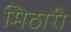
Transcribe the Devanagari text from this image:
मिठारी